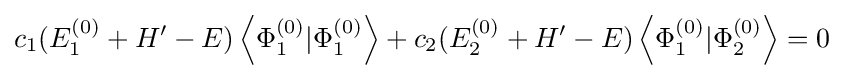
{{c}_{1}}(E_{1}^{(0)}+H'-E)\left\langle \Phi _{1}^{(0)}|\Phi _{1}^{(0)}\right\rangle +{{c}_{2}}(E_{2}^{(0)}+H'-E)\left\langle \Phi _{1}^{(0)}|\Phi _{2}^{(0)}\right\rangle =0